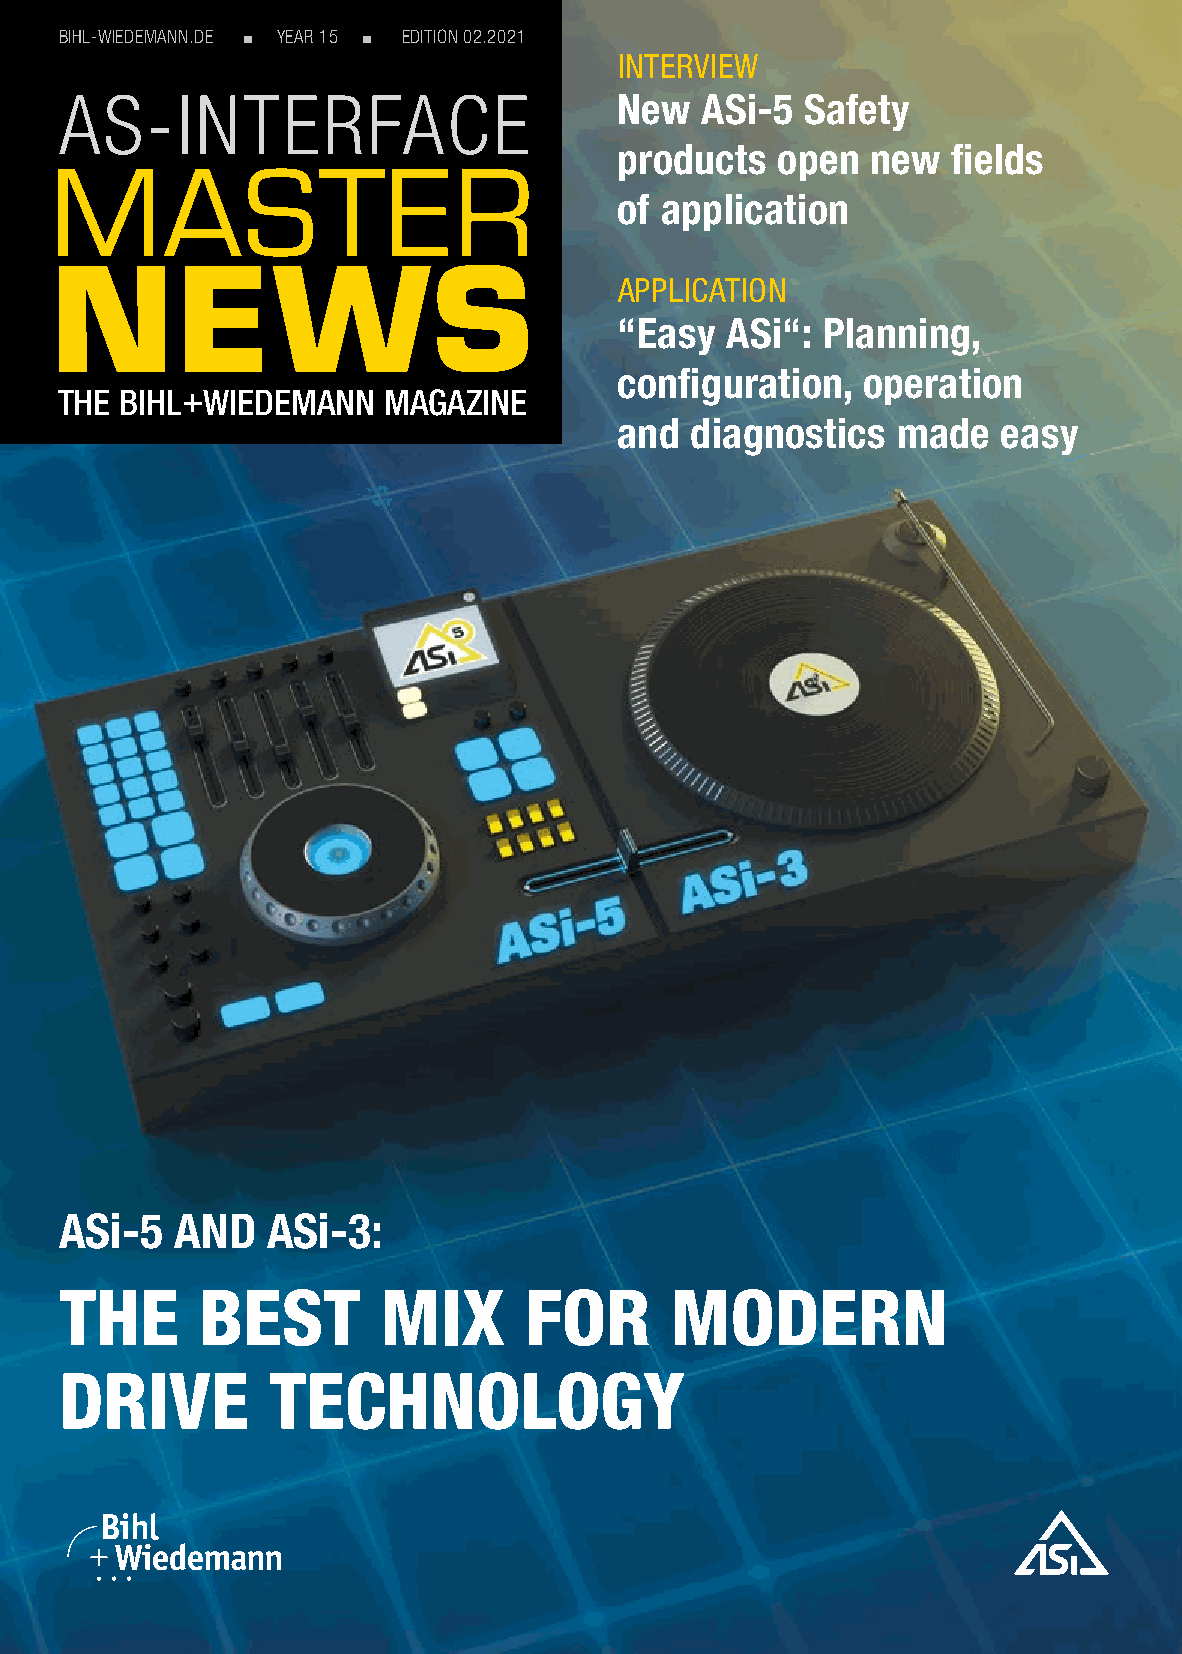
BIHL-WIEDEMANN.DE n YEAR 15 n EDITION 02.2021
 INTERVIEW
 New  ASi-5  Safety
 products  open   new  fields
 of application
 APPLICATION
 “Easy  ASi“: Planning,
 configuration,  operation
 THE BIHL+WIEDEMANN   MAGAZINE
 and  diagnostics  made   easy
 ASi-5   AND   ASi-3:
 THE      BEST        MIX       FOR      MODERN
 DRIVE         TECHNOLOGY